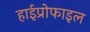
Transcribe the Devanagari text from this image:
हाईप्रोफाइल